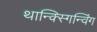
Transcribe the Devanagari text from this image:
थान्क्स्गिन्विंग